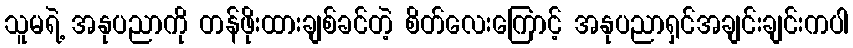
သူမရဲ့ အနုပညာကို တန်ဖိုးထားချစ်ခင်တဲ့ စိတ်လေးကြောင့် အနုပညာရှင်အချင်းချင်းကပါ